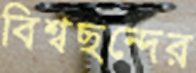
বিশ্বছন্দের